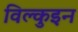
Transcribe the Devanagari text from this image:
विल्कुइन